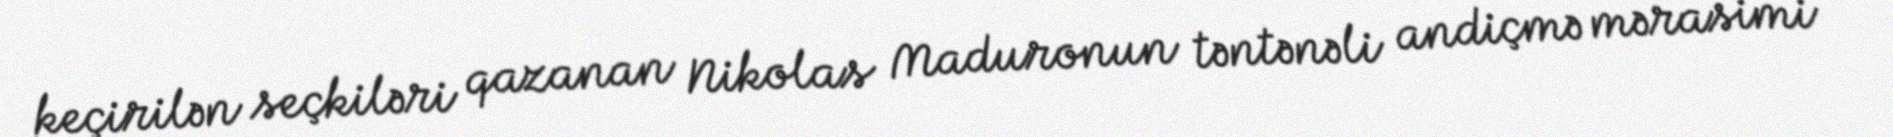
keçirilən seçkiləri qazanan Nikolas Maduronun təntənəli andiçmə mərasimi